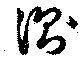
測